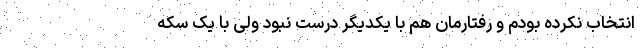
انتخاب نکرده بودم و رفتارمان هم با یکدیگر درست نبود ولی با یک سکه